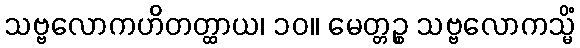
သဗ္ဗလောကဟိတတ္ထာယ၊ ၁၀။ မေတ္တဉ္စ သဗ္ဗလောကသ္မိံ